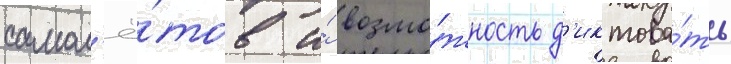
самол'ё́тов и́ возмо́жность д'иктова́ть